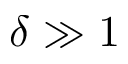
\delta \gg 1